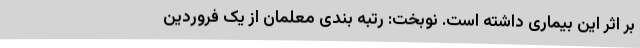
بر اثر این بیماری داشته است. نوبخت: رتبه بندی معلمان از یک فروردین